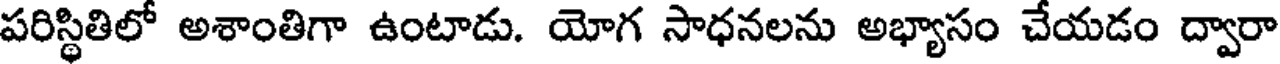
పరిస్థితిలో అశాంతిగా ఉంటాడు. యోగ సాధనలను అభ్యాసం చేయడం ద్వారా